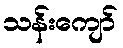
သန်းကျော်